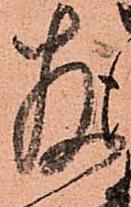
存